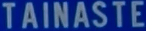
TAINASTE